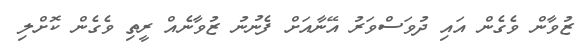
ޒުވާން ވެގެން އައި ދުވަސްވަރު އޭނާއަށް ފެނުނު ޒުވާނެއް ރީތި ވެގެން ކޮށްލި